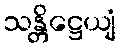
သန္တိဋ္ဌေယျံ